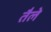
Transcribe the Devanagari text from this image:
तैले